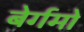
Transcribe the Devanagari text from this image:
बेर्गमो